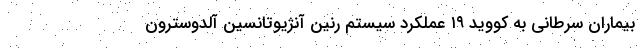
بیماران سرطانی به کووید ۱۹ عملکرد سیستم رنین آنژیوتانسین آلدوسترون